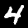
Label: 4